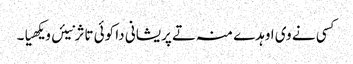
کسی نے وی اوہدے منہ تے پریشانی دا کوئی تاثر نیئں ویکھیا۔